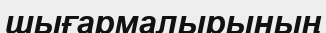
шығармалырының